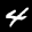
Label: 4